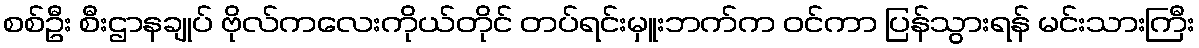
စစ်ဦး စီးဌာနချုပ် ဗိုလ်ကလေးကိုယ်တိုင် တပ်ရင်းမှူးဘက်က ဝင်ကာ ပြန်သွားရန် မင်းသားကြီး